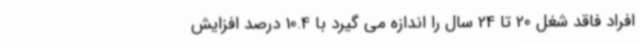
افراد فاقد شغل 20 تا 24 سال را اندازه می گیرد با 10.4 درصد افزایش